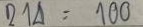
214 = 100